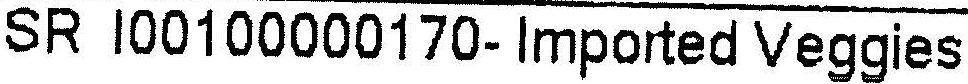
SR I00100000170- IMPORTED VEGGIES